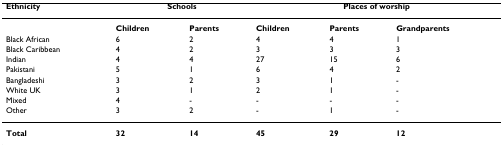
<table><thead><tr><td><b>Ethnicity</b></td><td colspan="2"><b>Schools</b></td><td colspan="3"><b>Places of worship</b></td></tr></thead><tbody><tr><td>[EMPTY_CELL]</td><td><b>Children</b></td><td><b>Parents</b></td><td><b>Children</b></td><td><b>Parents</b></td><td><b>Grandparents</b></td></tr><tr><td>Black African</td><td>6</td><td>2</td><td>4</td><td>4</td><td>1</td></tr><tr><td>Black Caribbean</td><td>4</td><td>2</td><td>3</td><td>3</td><td>3</td></tr><tr><td>Indian</td><td>4</td><td>4</td><td>27</td><td>15</td><td>6</td></tr><tr><td>Pakistani</td><td>5</td><td>1</td><td>6</td><td>4</td><td>2</td></tr><tr><td>Bangladeshi</td><td>3</td><td>2</td><td>3</td><td>1</td><td>-</td></tr><tr><td>White UK</td><td>3</td><td>1</td><td>2</td><td>1</td><td>-</td></tr><tr><td>Mixed</td><td>4</td><td>-</td><td>-</td><td>-</td><td>-</td></tr><tr><td>Other</td><td>3</td><td>2</td><td>-</td><td>1</td><td>-</td></tr><tr><td><b>Total</b></td><td><b>32</b></td><td><b>14</b></td><td><b>45</b></td><td><b>29</b></td><td><b>12</b></td></tr></tbody></table>